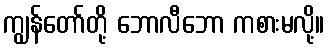
ကျွန်တော်တို့ ဘောလီဘော ကစားမလို့။